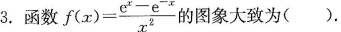
3.函数 $$f(x)= \frac{e^{x}-e^{-x}}{x^{2}}$$ 的图象大致为( ).